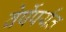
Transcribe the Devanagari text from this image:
वेर्षेपर्यंत